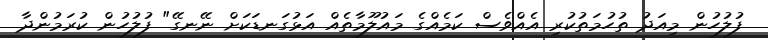
ފުލުހުން މިއަދު ތުހުމަތުކުރި އެއްވެސް ކަމެއްގެ މައުލޫމާތެއް އަޅުގަނޑަކަށް ނޭނގޭ" ފުލުހުން ކުރަމުންދާ